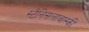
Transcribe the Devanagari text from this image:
स्टैनिसलावास्की